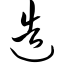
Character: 造